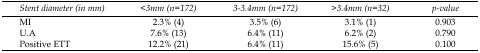
| Stent diameter (in mm) | <3mm (n=172) | 3-3.4mm (n=172) | >3.4mm (n=32) | p-value |
 | --- | --- | --- | --- | --- |
 | MI | 2.3% (4) | 3.5% (6) | 3.1% (1) | 0.903 |
 | U.A | 7.6% (13) | 6.4% (11) | 6.2% (2) | 0.790 |
 | Positive ETT | 12.2% (21) | 6.4% (11) | 15.6% (5) | 0.100 |